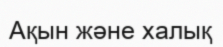
Ақын және халық